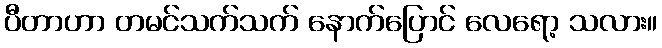
ပီတာဟာ တမင်သက်သက် နောက်ပြောင် လေရော့ သလား။